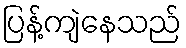
ပြန့်ကျဲနေသည်